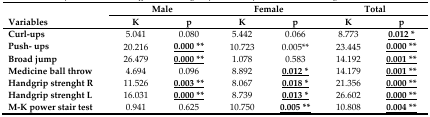
|  | <COLSPAN=2> Male | <COLSPAN=2> Female | <COLSPAN=2> Total |
 | Variables | K | p | K | p | K | p |
 | --- | --- | --- | --- | --- | --- | --- |
 | Curl-ups | 5.041 | 0.080 | 5.442 | 0.066 | 8.773 | <underline>0.012*</underline> |
 | Push-ups | 20.216 | <underline>0.000**</underline> | 10.723 | 0.005** | 23.445 | <underline>0.000**</underline> |
 | Broad jump | 26.479 | <underline>0.000**</underline> | 1.078 | 0.583 | 14.192 | <underline>0.001**</underline> |
 | Medicine ball throw | 4.694 | 0.096 | 8.892 | <underline>0.012*</underline> | 14.179 | <underline>0.001**</underline> |
 | Handgrip strenght R | 11.526 | <underline>0.003**</underline> | 8.067 | <underline>0.018*</underline> | 21.356 | <underline>0.000**</underline> |
 | Handgrip strenght L | 16.031 | <underline>0.000**</underline> | 8.739 | <underline>0.013*</underline> | 26.602 | <underline>0.000**</underline> |
 | M-K power stair test | 0.941 | 0.625 | 10.750 | <underline>0.005**</underline> | 10.808 | <underline>0.004**</underline> |